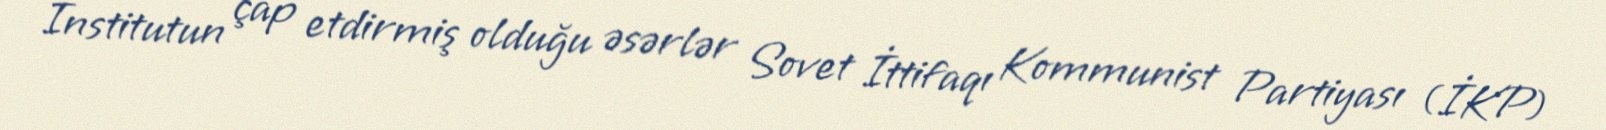
İnstitutun çap etdirmiş olduğu əsərlər Sovet İttifaqı Kommunist Partiyası (İKP)